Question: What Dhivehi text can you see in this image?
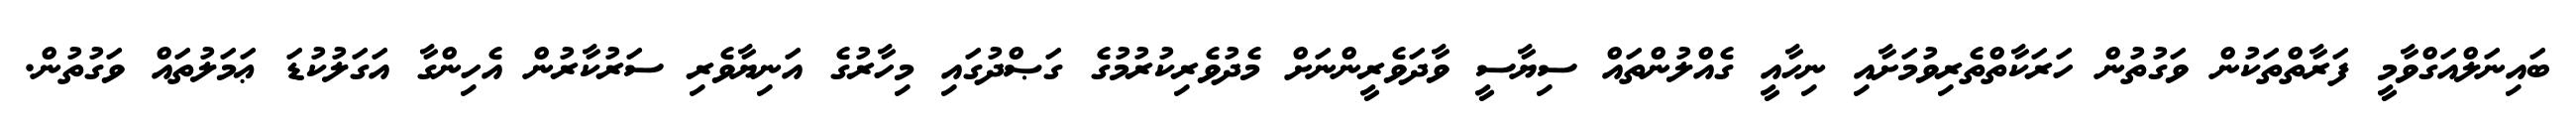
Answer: ބައިނަލްއަގްވާމީ ފަރާތްތަކުން ވަގުތުން ހަރަކާތްތެރިވުމަށާއި ނިހާއީ ގެއްލުންތައް ސިޔާސީ ވާދަވެރީންނަށް މެދުވެރިކުރުމުގެ ގަޞްދުގައި މިހާރުގެ އަނިޔާވެރި ސަރުކާރުން އެހިންގާ އަގަލުކުޑަ ޢަމަލުތައް ވަގުތުން.